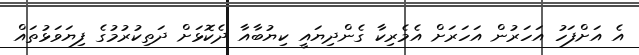
އެ އަށްފަހު އަހަރުން އަހަރަށް އެމެރިކާ ގެންދިޔައީ ކިޔުބާއާ ދެކޮޅަށް ދަތިކުރުމުގެ ފިޔަވަޅުތައް